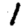
Digit: 1